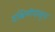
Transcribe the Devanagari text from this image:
दक्षिणेपासुन